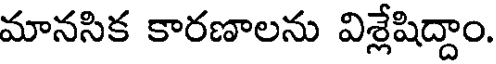
మానసిక కారణాలను విశ్లేషిద్దాం.